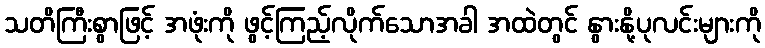
သတိကြီးစွာဖြင့် အဖုံးကို ဖွင့်ကြည့်လိုက်သောအခါ အထဲတွင် နွားနို့ပုလင်းများကို